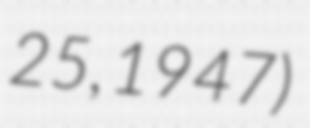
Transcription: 25, 1947)